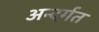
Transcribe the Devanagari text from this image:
अन्दर्गत